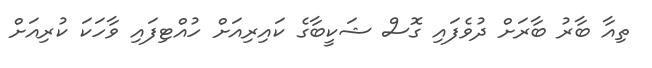
ތިއާ ބާރު ބާރަށް ދުވެފައި ގޮސް ޝަކީބާގެ ކައިރިއަށް ހުއްޓިފައި ވާހަކަ ކުރިއަށް